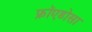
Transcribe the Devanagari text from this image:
फ्रॉएडोसा